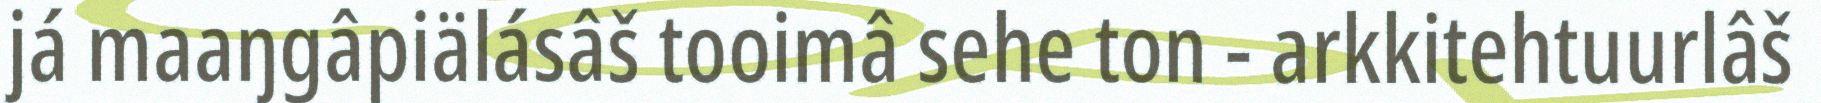
já maaŋgâpiälásâš tooimâ sehe ton - arkkitehtuurlâš